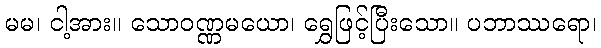
မမ၊ ငါ့အား။ သောဝဏ္ဏမယော၊ ရွှေဖြင့်ပြီးသော။ ပဘာဿရော၊